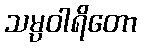
သမ္ပဝါရိတော